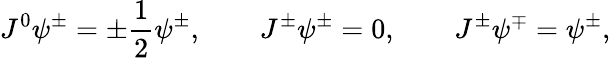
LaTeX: J^{0}\psi^{\pm}=\pm\frac 12\psi^{\pm},\qquad J^{\pm}\psi^{\pm}=0,\qquad J^{\pm}\psi^{\mp}=\psi^{\pm},